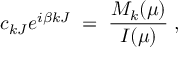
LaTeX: c _ { k J } e ^ { i \beta k J } \; = \; \frac { M _ { k } ( \mu ) } { I ( \mu ) } \; ,